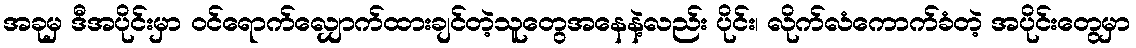
အခုမှ ဒီအပိုင်းမှာ ဝင်ရောက်လျှောက်ထားချင်တဲ့သူတွေအနေနဲ့လည်း ပိုင်း၊ လိုက်လံကောက်ခံတဲ့ အပိုင်းတွေမှာ